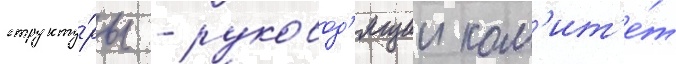
структу́ры - руковод'ящии ком'ит'е́т